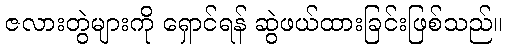
ဇလားတွဲများကို ရှောင်ရန် ဆွဲဖယ်ထားခြင်းဖြစ်သည်။